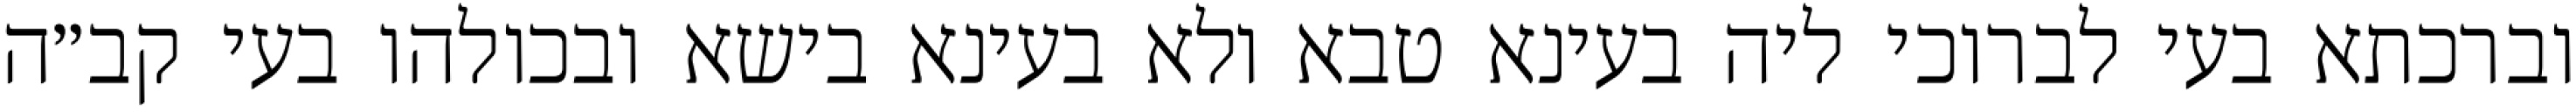
וברכתא בעי לברוכי ליה בעינא טבא ולא בעינא בישא ובכולהו בעי קב״ה